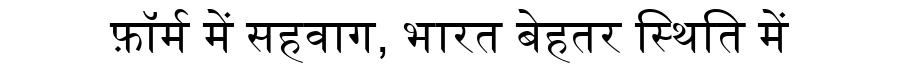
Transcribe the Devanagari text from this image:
फ़ॉर्म में सहवाग, भारत बेहतर स्थिति में